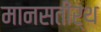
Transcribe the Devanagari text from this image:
मानसतीर्थ